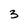
Character: 3